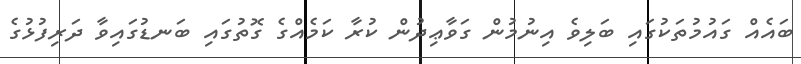
ބައެއް ގައުމުތަކުގައި ބަލިވެ އިނުމުން ގަވާޢިދުން ކުރާ ކަމެއްގެ ގޮތުގައި ބަނޑުގައިވާ ދަރިފުޅުގެ